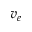
v _ { e }